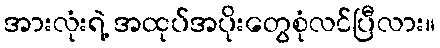
အားလုံးရဲ့ အထုပ်အပိုးတွေစုံလင်ပြီလား။